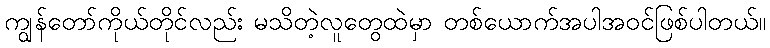
ကျွန်တော်ကိုယ်တိုင်လည်း မသိတဲ့လူတွေထဲမှာ တစ်ယောက်အပါအဝင်ဖြစ်ပါတယ်။